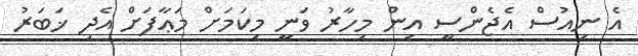
އެ ނިއުސް އެޖެންސީ އިން މިހާރު ވަނީ މިކަމަށް މަޢާފަށް އެދި ޚަބަރު